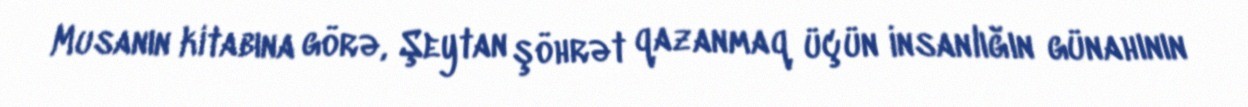
Musanın kitabına görə, Şeytan şöhrət qazanmaq üçün insanlığın günahının